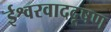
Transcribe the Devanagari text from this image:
ईश्वरवाददूषण